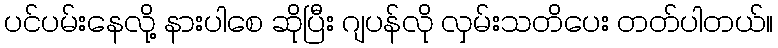
ပင်ပမ်းနေလို့ နားပါစေ ဆိုပြီး ဂျပန်လို လှမ်းသတိပေး တတ်ပါတယ်။